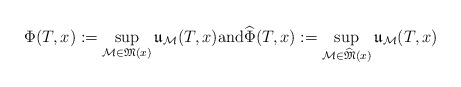
\begin{align*}\Phi(T, x) := \sup_{\mathcal{M}\in \mathfrak{M}(x)} \mathfrak{u}_{\mathcal{M}}(T, x) {\mathrm{and}} \widehat{\Phi}(T, x) := \sup_{\mathcal{M}\in \widehat{\mathfrak{M}}(x)} \mathfrak{u}_{\mathcal{M}}(T, x) \end{align*}